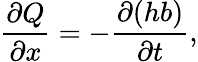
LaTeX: \frac{\partial Q}{\partial x}=-\frac{\partial(hb)}{\partial t},